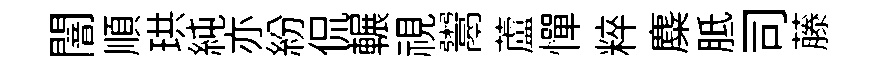
闇順珙純亦紛侃輾視鬻蘆憚粹麋胝司藤